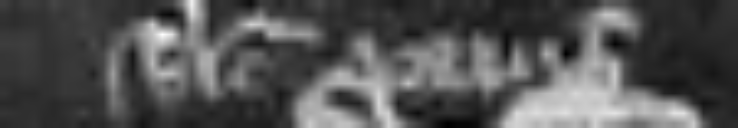
sicut prius